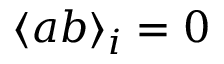
\langle a b \rangle _ { i } = 0